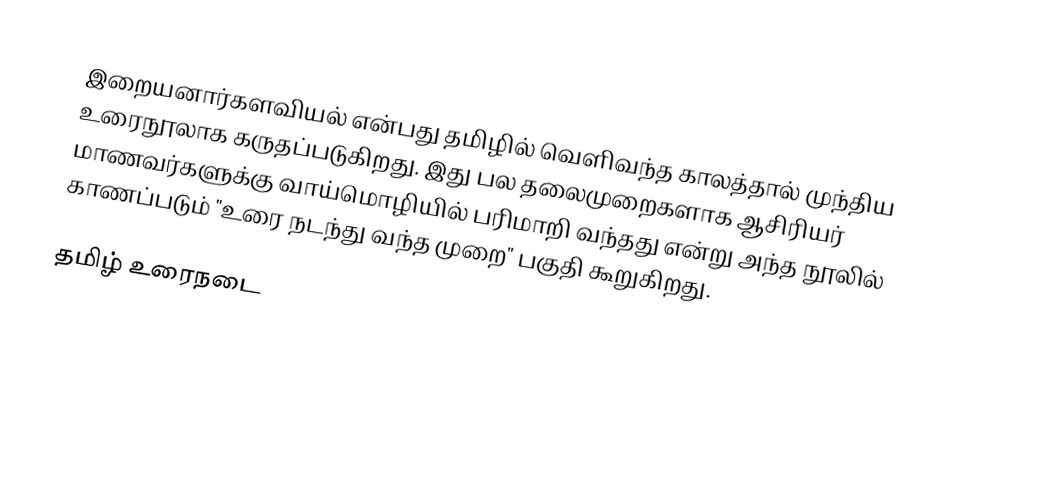
இறையனார்களவியல் என்பது தமிழில் வெளிவந்த காலத்தால் முந்திய உரைநூலாக கருதப்படுகிறது. இது பல தலைமுறைகளாக ஆசிரியர் மாணவர்களுக்கு வாய்மொழியில் பரிமாறி வந்தது என்று அந்த நூலில் காணப்படும் "உரை நடந்து வந்த முறை" பகுதி கூறுகிறது.

தமிழ் உரைநடை